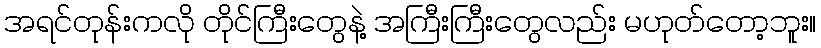
အရင်တုန်းကလို တိုင်ကြီးတွေနဲ့ အကြီးကြီးတွေလည်း မဟုတ်တော့ဘူး။